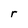
Character: r